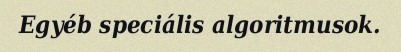
Egyéb speciális algoritmusok.